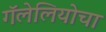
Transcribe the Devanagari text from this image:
गॅलेलियोचा